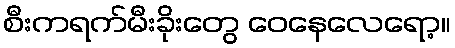
စီးကရက်မီးခိုးတွေ ဝေနေလေရော့။